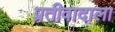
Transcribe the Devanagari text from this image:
प्रतीवादाला